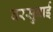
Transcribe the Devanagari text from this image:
वरसुबाई